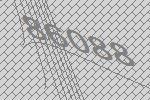
86088